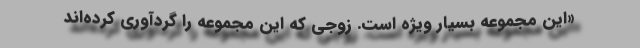
«این مجموعه بسیار ویژه است. زوجی که این مجموعه را گردآوری کرده‌اند